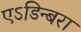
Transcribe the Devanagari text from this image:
एऽडिन्बरा